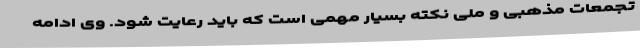
تجمعات مذهبی و ملی نکته بسیار مهمی است که باید رعایت شود. وی ادامه